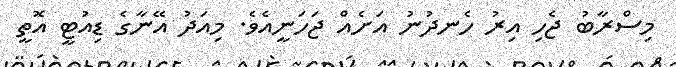
މިސްރާބު ޖެހި އިރު ހެނދުނު އަށެއް ޖަހަނީއެވެ. މިއަދު އޭނާގެ ޑިއުޓީ އޮތީ